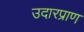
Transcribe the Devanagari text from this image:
उदारप्राण